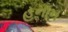
હનાન